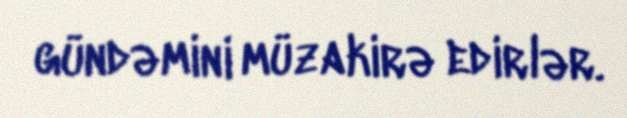
gündəmini müzakirə edirlər.